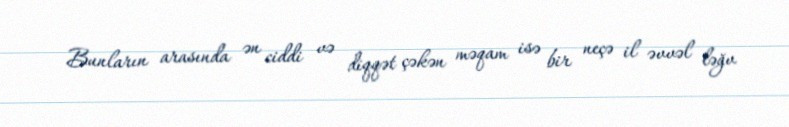
Bunların arasında ən ciddi və diqqət çəkən məqam isə bir neçə il əvvəl ləğv